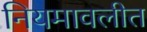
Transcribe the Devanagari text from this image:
नियमावलीत